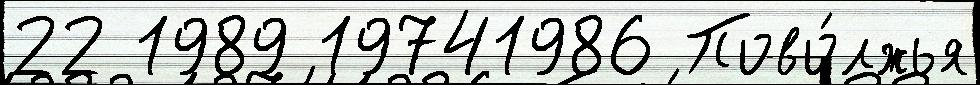
22 1989 19741986 Пово́лжья